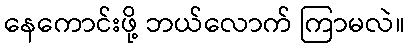
နေကောင်းဖို့ ဘယ်လောက် ကြာမလဲ။